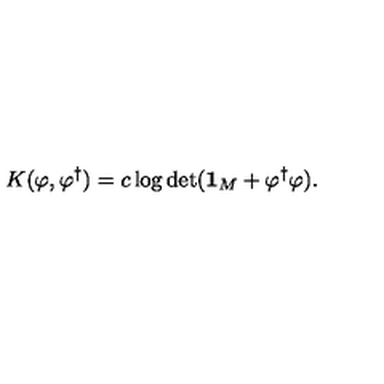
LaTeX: K ( \varphi , \varphi ^ { \dagger } ) = c \log \det ( { \bf 1 } _ { M } + \varphi ^ { \dagger } \varphi ) .